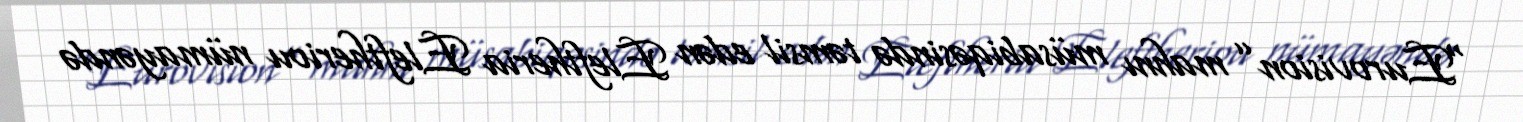
“Eurovision” mahnı müsabiqəsində təmsil edən Eleftheria Eleftheriou nümayəndə